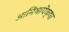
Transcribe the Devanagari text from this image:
आमिषापेक्षा